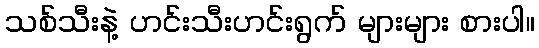
သစ်သီးနဲ့ ဟင်းသီးဟင်းရွက် များများ စားပါ။